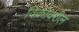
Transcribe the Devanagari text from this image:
विक्रीवरील